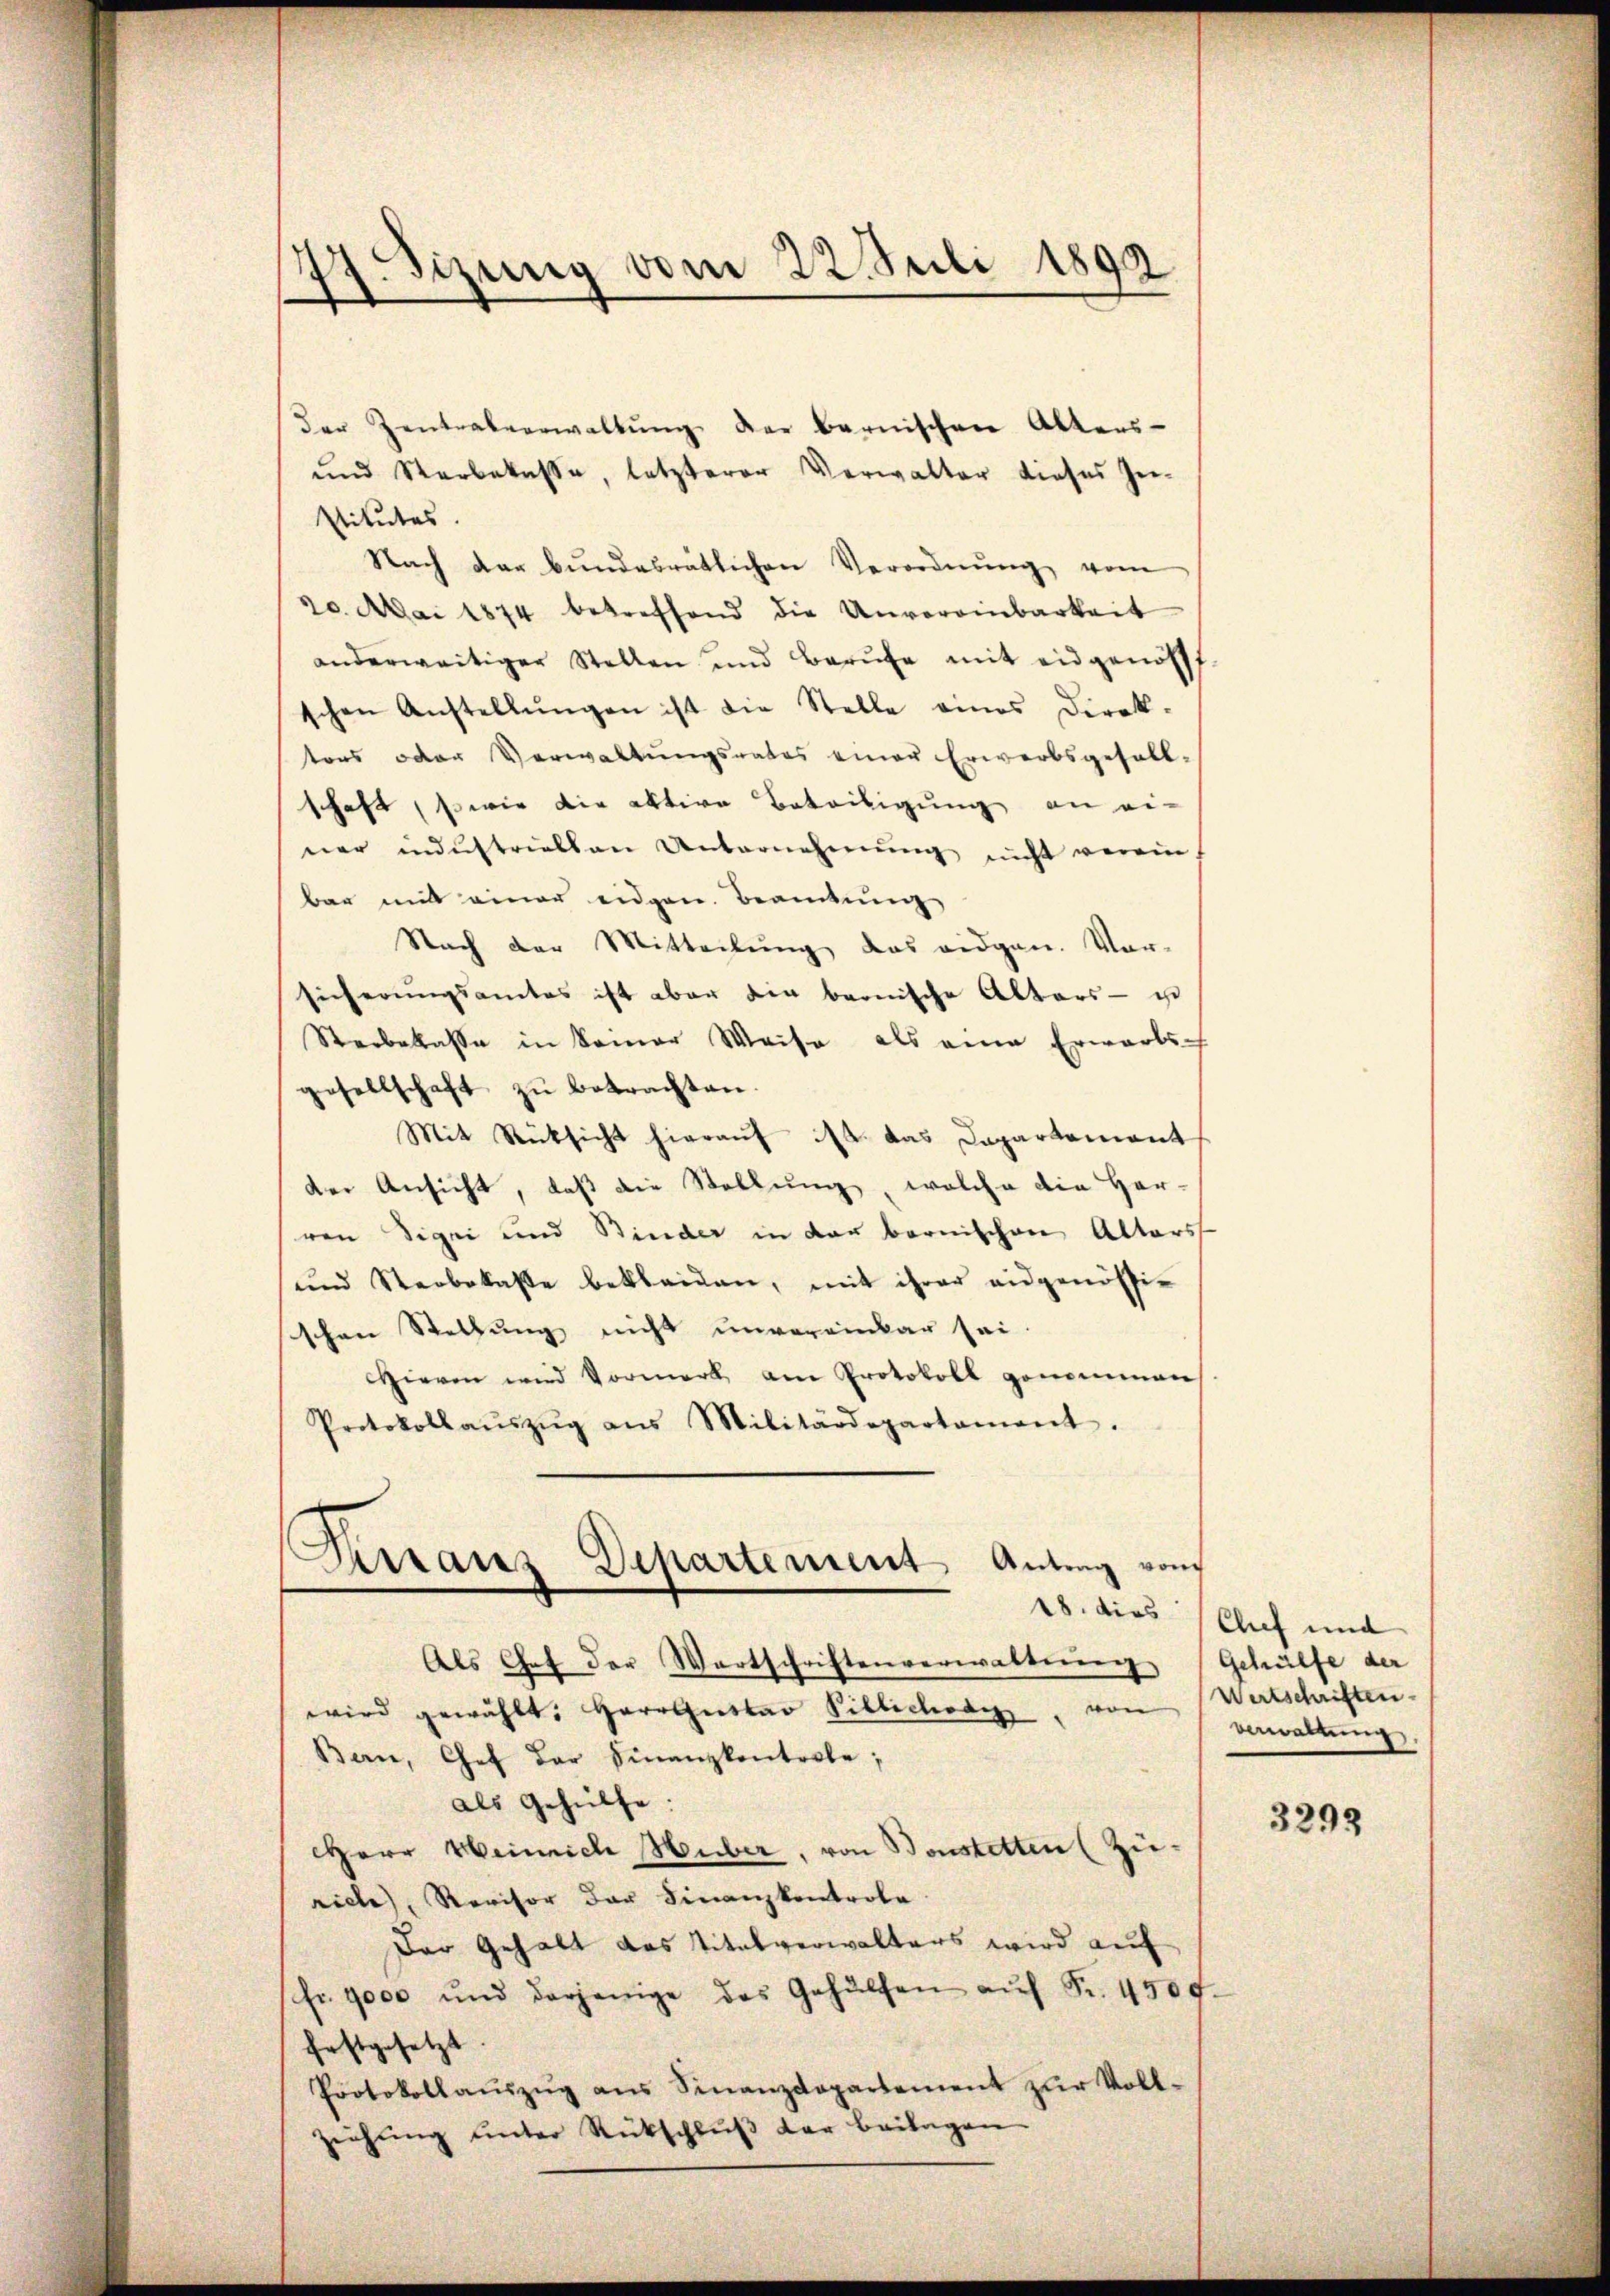
der Zentrabeerwaltŭng der bernischen Alters-
und Sterbekasse, letzterer Verwalter dieses Zei-
stitutes
Nach der bŭndesrätlichen Verordnŭng vom
30. Mai 1874 betreffend die Unvereinbarkeit
anderweitiger Stellen und Berŭfe mit eidgenöss
schen Anstellŭngen ist die Stelle eines Direk-
tors oder Verwaltungsrates einer Erwerbsgefall-
schaft, sowie die aktive Beteiligung an ei-
ner industriellen Unternehmung nicht verein
bar mit einer eidgen. Beamtung
Nach der Mitteilung das eidgen. Vor-
sicherungsamtes ist aber die bernische Alters - u
Sterbelasse in kamer Weise als eine Erwarts-
gesellschaft zŭ betrachten.
Mit Rücksicht hierauf ist das Departement
der Ansicht, daß die Stellung, welche die Her-
ren Sigei und Binder in der bernischen Alters
und Sterbelasse bekleiden, mit ihrer eidgenössi-
schen Stellung nicht unvereinbar sei.
Hievon wird Vormerk am Protokoll genommen
Protokollaŭszŭg ans Militärdepartament.
Krranz Departement Antrag vom

77 izung vom 22. Juli 1892

18. dies

Als Chef der Wortschriftenverwaltung
wird gewählt: Herr Gustav Pillichode von
Bern, Chef der Finanzkontrole,
als Gehülfe:
Herr Weinrich Huber, von Bonstetten (Zu-
rich, Revisor der Finanzkontrole
Der Gehalt das Titalverwalters wird auf
fr. 9000 und derjenige das Gehülfen aŭf Fr. 450 f.
festgesetzt.
Protokollaŭszŭg ans Finanzdepartement zŭr Voll-
ziehung unter Rückschluß der beilagen

Chef und
Gehülfe der
Wertschriften.
Anwaltung.

3293